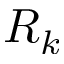
R _ { k }